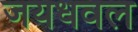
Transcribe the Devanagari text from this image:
जयधवल